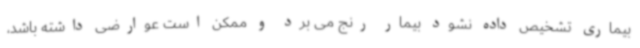
بیماری تشخیص داده نشود بیمار رنج می برد و ممکن است عوارضی داشته باشد،